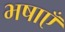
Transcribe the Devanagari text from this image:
भषाएँ